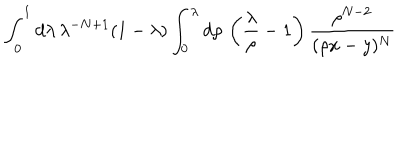
\int _ { 0 } ^ { 1 } d \lambda \, \lambda ^ { - N + 1 } ( 1 - \lambda ) \int _ { 0 } ^ { \lambda } d \rho \, \left( \frac { \lambda } { \rho } - 1 \right) \frac { \rho ^ { N - 2 } } { ( \rho x - y ) ^ { N } }